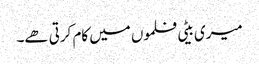
میری بیٹی فلموں میں کام کرتی ھے۔